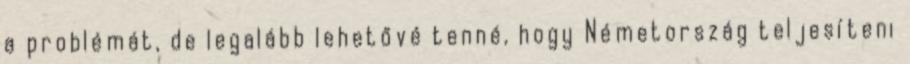
a problémát, de legalább lehetővé tenné, hogy Németország teljesíteni